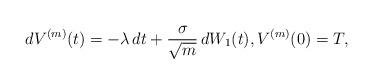
LaTeX: \begin{align*}dV^{(m)}(t)=-\lambda \,dt+\frac{\sigma}{\sqrt{m}}\,dW_1(t),V^{(m)}(0)=T,\end{align*}